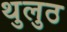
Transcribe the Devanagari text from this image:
थुलुठ